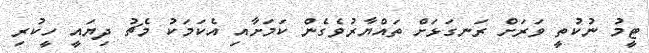
ޓީމު ނުކުތީ ވަރަށް ރަނގަޅަށް ތައްޔާރުވެގެން ކަމަށާއި އެކަމަކު މެޗު ދިޔައީ ހީކުރި